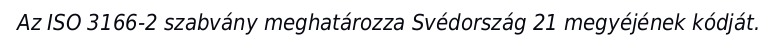
Az ISO 3166-2 szabvány meghatározza Svédország 21 megyéjének kódját.